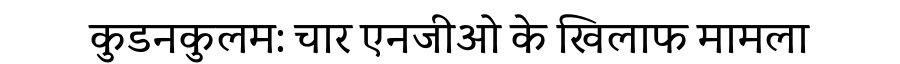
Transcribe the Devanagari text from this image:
कुडनकुलम: चार एनजीओ के खिलाफ मामला